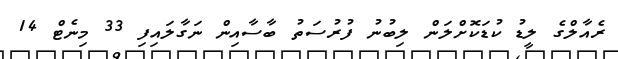
ރެއާލްގެ ލީޑު ކުޑަކޮށްލަން ލިބުނު ފުރުސަތު ބާސާއިން ނަގާލައިފި 33 މިނެޓް 14